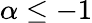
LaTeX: \alpha\leq-1